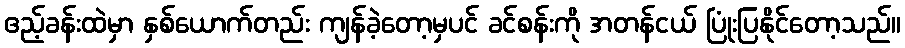
ဧည့်ခန်းထဲမှာ နှစ်ယောက်တည်း ကျန်ခဲ့တော့မှပင် ခင်စန်းကို အတန်ငယ် ပြုံးပြနိုင်တော့သည်။